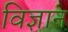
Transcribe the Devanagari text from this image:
विज्ञान